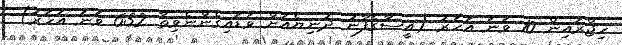
ހިޖްރައިން 10 ވަނަ އަހަރު (އީސާގެފާނު ދުނިޔެއަށް ވަޑައިގެންނެވިތާ 632 ވަނަ އަހަރު)